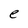
Character: e